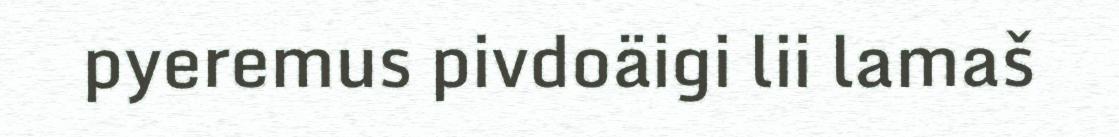
pyeremus pivdoäigi lii lamaš